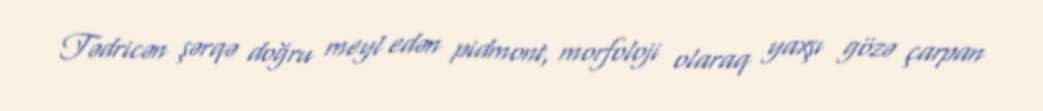
Tədricən şərqə doğru meyl edən pidmont, morfoloji olaraq yaxşı gözə çarpan